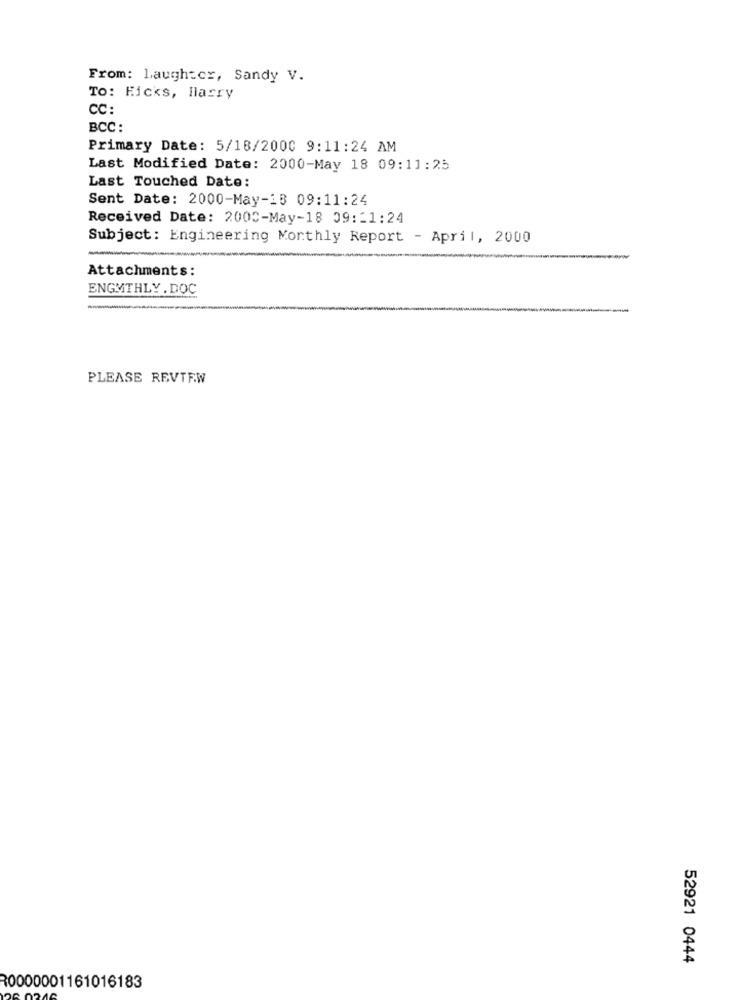
From: Laughtcr, Sandy V.
TO: Hicks, Harry
CC:
BCC :
Primary Date: 5/18/2000 9:11:24 AM
Last Modified Date: 2000-May 18 09:11:25
Last Touched Date:
Sent Date: 2000-May-13 09:11:24
Received Date: 2000-May-18 09 :- 1:24
Subject: Engineering Monthly Report - April, 2000
Attachments:
ENGMTHLY . DOC
PLEASE REVIEW
52921 0444
R0000001161016183